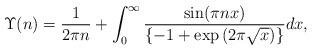
LaTeX: \begin{align*}\Upsilon(n)=\frac{1}{2\pi n}+\int_{0}^{\infty}\frac{\sin(\pi nx)}{\{-1+\exp{(2\pi\sqrt{x})}\}}dx,\end{align*}